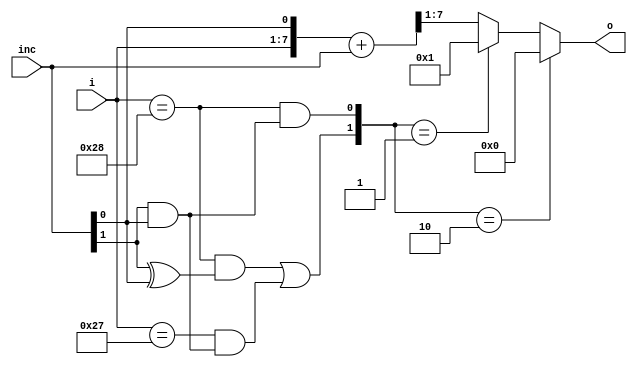
module iuq_rn_map_inc #(
   	parameter         SIZE = 7,
   	parameter         WRAP = 40)
   (
	   inc,
	   i,
	   o
	);
   input [0:1]       inc;
   input [0:SIZE-1]  i;

   output [0:SIZE-1] o;

   localparam [0:31]         value_1 = 32'h00000001;

   wire [0:SIZE]     a;
   wire [0:SIZE]     b;
   wire [0:SIZE]     rslt;
   wire              rollover;
   wire              rollover_m1;
   wire              inc_1;
   wire              inc_2;
   wire [0:1]        wrap_sel;

   // Increment by 1 or 2.
   // Go back to zero at WRAP
   // Flip bit zero when a rollover occurs
   // eg 0...39, 64..103

   assign a = {i[0:SIZE - 1], inc[1]};
   assign b = {{SIZE-1{1'b0}}, inc[0], inc[1]};
   assign rslt = a + b;

   assign rollover = i[0:SIZE - 1] == WRAP;
   assign rollover_m1 = i[0:SIZE - 1] == WRAP - 1;

   assign inc_1 = inc[0] ^ inc[1];
   assign inc_2 = inc[0] & inc[1];

   assign wrap_sel[0] = (rollover & inc_1) | (rollover_m1 & inc_2);
   assign wrap_sel[1] = rollover & inc_2;

   assign o[0:SIZE - 1] = (wrap_sel[0:1] == 2'b10) ? {SIZE{1'b0}} :
                          (wrap_sel[0:1] == 2'b01) ? value_1[32-SIZE:31] :
                          rslt[0:SIZE - 1];

endmodule